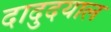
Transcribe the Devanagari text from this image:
दादुदयाल